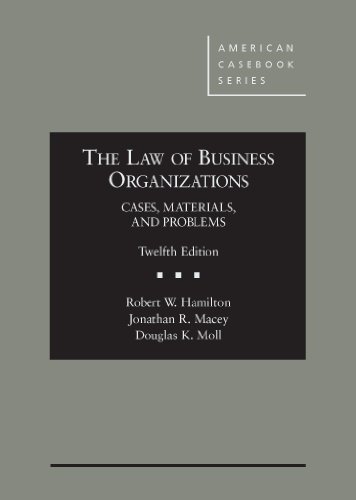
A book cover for The Law of Business Organizations: Cases, Materials, and Problems, 12th (American Casebook Series); Robert Hamilton; Law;